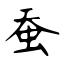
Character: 蚕